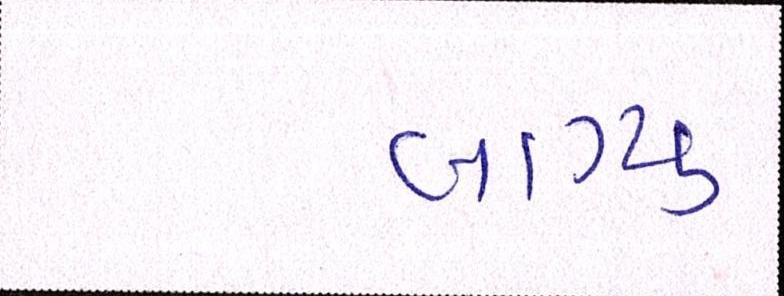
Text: લાગ્યું